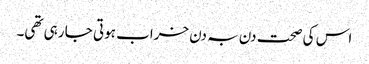
اس کی صحت دن بہ دن خراب ہوتی جا رہی تھی۔